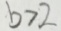
b > 2